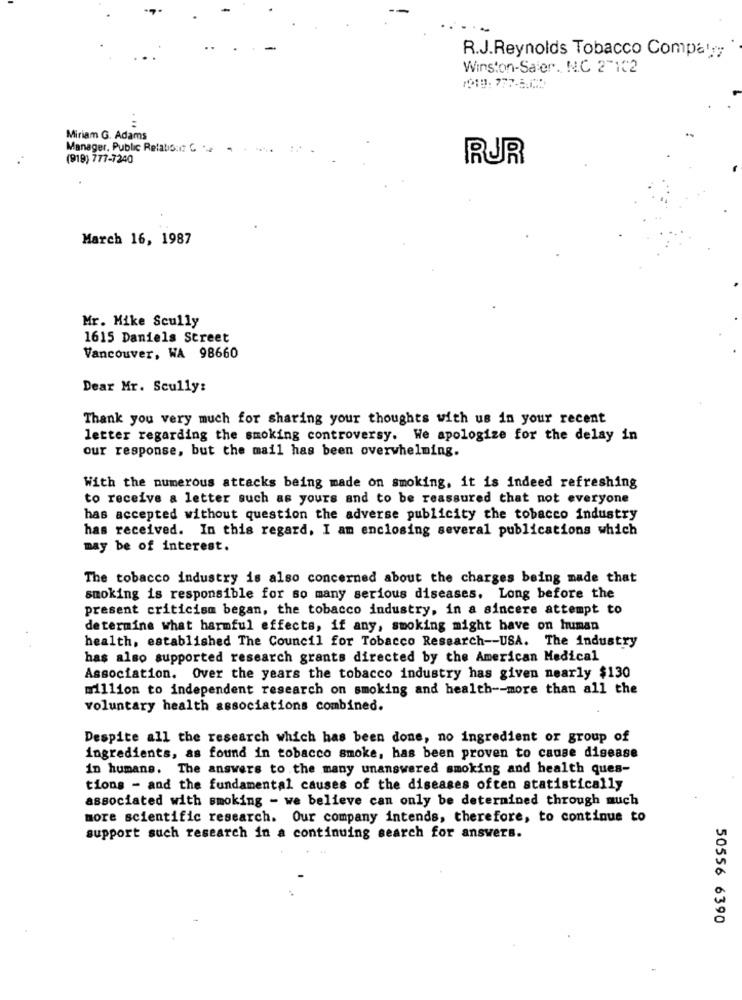
R.J.Reynolds Tobacco Compar;
Winston-Saler. N.C 27102
1919:777-5.00
Miriam G. Adams
Manager, Public RelationI? C ...
(919) 777-7240
RUR
March 16, 1987
Mr. Mike Scully
1615 Daniels Street
Vancouver, WA 98660
Dear Mr. Scully:
Thank you very much for sharing your thoughts with us in your recent
letter regarding the smoking controversy. We apologize for the delay in
our response, but the mail has been overwhelming.
With the numerous attacks being made on smoking, it is indeed refreshing
to receive a letter such as yours and to be reassured that not everyone
has accepted without question the adverse publicity the tobacco industry
has received. In this regard, I am enclosing several publications which
may be of interest.
The tobacco industry is also concerned about the charges being made that
smoking is responsible for so many serious diseases. Long before the
present criticism began, the tobacco industry, in a sincere attempt to
determine what harmful effects, if any, smoking might have on human
health, established The Council for Tobacco Research -- USA. The industry
has also supported research grants directed by the American Medical
Association. Over the years the tobacco industry has given nearly $130
million to independent research on smoking and health -- more than all the
voluntary health associations combined.
Despite all the research which has been done, no ingredient or group of
ingredients, as found in tobacco smoke, has been proven to cause disease
in humane. The answers to the many unanswered smoking and health ques-
tions - and the fundamental causes of the diseases often statistically
associated with smoking - we believe can only be determined through much
more scientific research. Our company intends, therefore, to continue to
support such research in a continuing search for answers.
50556 6390